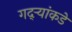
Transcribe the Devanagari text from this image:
गद्र्‍यांकडे